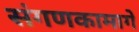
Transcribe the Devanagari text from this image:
संगणकामागे